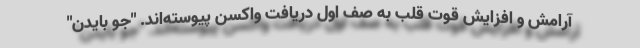
آرامش و افزایش قوت قلب به صف اول دریافت واکسن پیوسته‌اند. "جو بایدن"